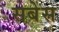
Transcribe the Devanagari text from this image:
सबेस